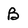
Character: B